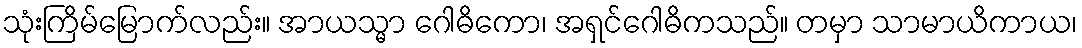
သုံးကြိမ်မြောက်လည်း။ အာယသ္မာ ဂေါဓိကော၊ အရှင်ဂေါဓိကသည်။ တမှာ သာမာယိကာယ၊